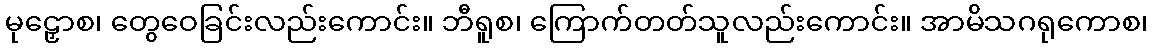
မုဠှောစ၊ တွေဝေခြင်းလည်းကောင်း။ ဘီရူစ၊ ကြောက်တတ်သူလည်းကောင်း။ အာမိသဂရုကောစ၊